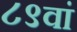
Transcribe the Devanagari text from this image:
८९वां